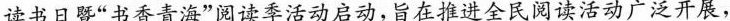
读书日暨”书香青海”阅读季活动启动，旨在推进全民阅读活动广泛开展，